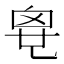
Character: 𠃼